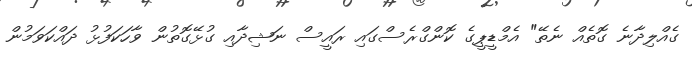
ގެއްލިދާނެ ގޮތެއް ނެތޭ" އެމްޑީޕީގެ ކޮންގްރެސްގައި ރައީސް ނަޝިދާއި ގުޅޭގޮތުން ވާހަކަފުޅު ދައްކަވަމުން